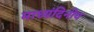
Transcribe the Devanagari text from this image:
माध्यंदिनीय